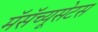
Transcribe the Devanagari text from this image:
मॅसॅच्यूसेटस